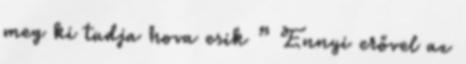
meg ki tudja hova esik ” Ennyi erővel az